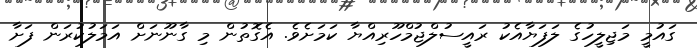
ގައުމީ މަޖިލީހުގެ ލަފަޔާއެކު ރައީސުލްޖުމްހޫރިއްޔާ ކަމަށެވެ. އެގޮތުން މި ގާނޫނަށް އަމަލުކުރަން ފަށާ